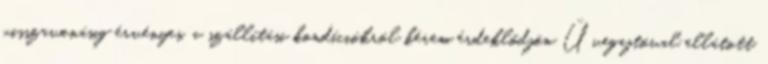
visszavonásig érvényes, a szállítási kondíciókról kérem érdeklődjön Üvegajtóval ellátott